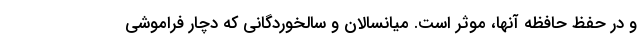
و در حفظ حافظه آنها، موثر است. میانسالان و سالخوردگانی که دچار فراموشی